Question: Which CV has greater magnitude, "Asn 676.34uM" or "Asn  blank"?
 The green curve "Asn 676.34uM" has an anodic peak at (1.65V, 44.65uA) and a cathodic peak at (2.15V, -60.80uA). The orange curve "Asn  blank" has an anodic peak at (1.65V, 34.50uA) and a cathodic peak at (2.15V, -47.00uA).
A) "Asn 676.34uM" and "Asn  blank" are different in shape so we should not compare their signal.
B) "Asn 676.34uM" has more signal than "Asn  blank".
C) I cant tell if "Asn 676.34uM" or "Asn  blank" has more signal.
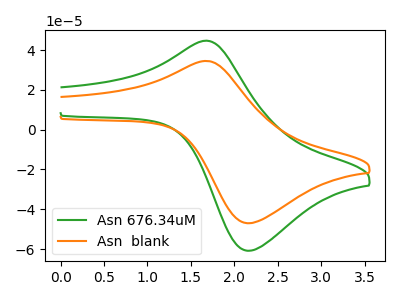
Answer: <think>All the peaks in "Asn 676.34uM" have a peak in "Asn  blank" at the same potential. Every peak in "Asn 676.34uM" is higher than every peak in "Asn  blank".
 </think>
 <answer>B) "Asn 676.34uM" has more signal than "Asn  blank".</answer>
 <eval>B</eval>